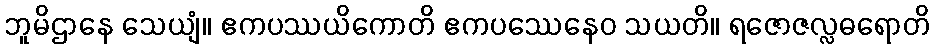
ဘူမိဌာနေ သေယျံ။ ဧကပဿယိကောတိ ဧကပဿေနေဝ သယတိ။ ရဇောဇလ္လဓရောတိ